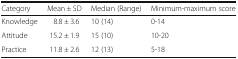
<table><thead><tr><td><b>Category</b></td><td><b>Mean ± SD</b></td><td><b>Median (Range)</b></td><td><b>Minimum-maximum score</b></td></tr></thead><tbody><tr><td>Knowledge</td><td>8.8 ± 3.6</td><td>10 (14)</td><td>0-14</td></tr><tr><td>Attitude</td><td>15.2 ± 1.9</td><td>15 (10)</td><td>10-20</td></tr><tr><td>Practice</td><td>11.8 ± 2.6</td><td>12 (13)</td><td>5-18</td></tr></tbody></table>